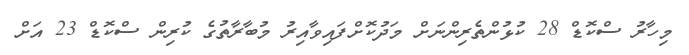
މިހާރު ސްކޮޑް 28 ކުޅުންތެރިންނަށް މަދުކޮށްފައިވާއިރު މުބާރާތުގެ ކުރިން ސްކޮޑް 23 އަށް